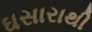
ઘસારાથી